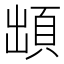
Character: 䪼